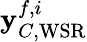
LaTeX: {\mathbf{y}}_{C,\mathrm{WSR}}^{f,i}